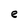
Character: e